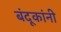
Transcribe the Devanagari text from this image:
बंदूकांनी